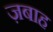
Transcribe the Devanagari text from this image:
ज़बाह